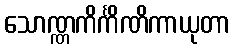
သောဏ္ဏကိင်္ကိဏိကာယုတာ